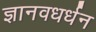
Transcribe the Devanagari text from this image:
ज्ञानवधर्धन